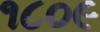
૧૮૦૯